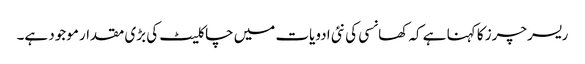
ریسرچرز کا کہنا ہے کہ کھانسی کی نئی ادویات میں چاکلیٹ کی بڑی مقدار موجود ہے۔